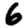
Digit: 6